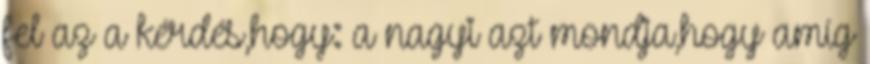
fel az a kérdés,hogy: a nagyi azt mondja,hogy amíg